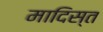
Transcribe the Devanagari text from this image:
मादिस्त